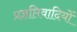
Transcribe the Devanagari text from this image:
प्रज्ञप्तिवादियों